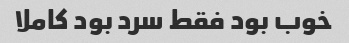
خوب بود فقط سرد بود کاملا